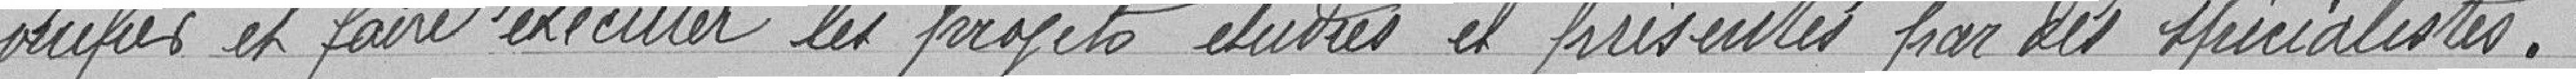
vérifier et faire exécuter les projets étudiés et présentés par les spécialistes.